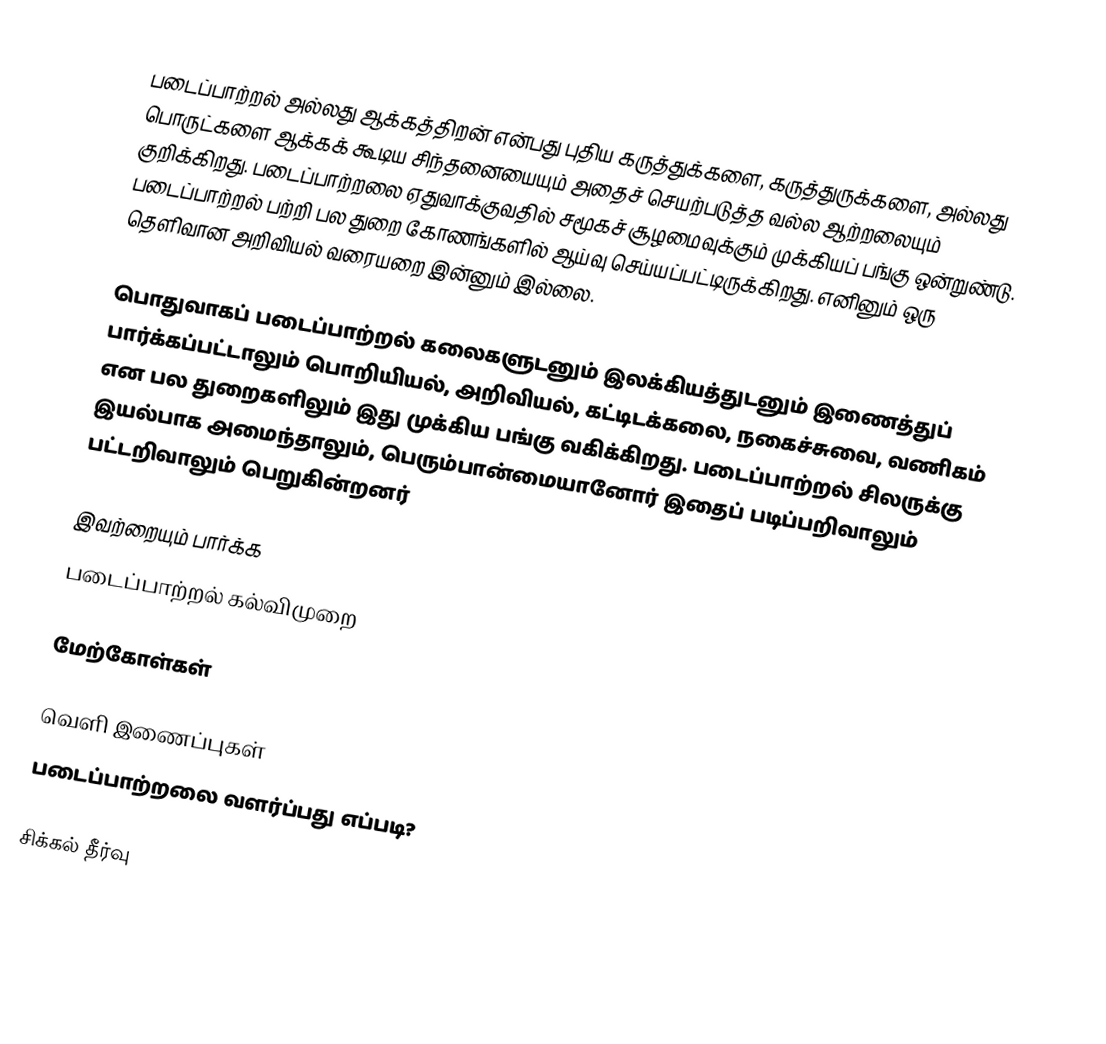
படைப்பாற்றல் அல்லது ஆக்கத்திறன் என்பது புதிய கருத்துக்களை, கருத்துருக்களை, அல்லது பொருட்களை ஆக்கக் கூடிய சிந்தனையையும் அதைச் செயற்படுத்த வல்ல ஆற்றலையும் குறிக்கிறது. படைப்பாற்றலை ஏதுவாக்குவதில் சமூகச் சூழமைவுக்கும் முக்கியப் பங்கு ஒன்றுண்டு. படைப்பாற்றல் பற்றி பல துறை கோணங்களில் ஆய்வு செய்யப்பட்டிருக்கிறது. எனினும் ஒரு தெளிவான அறிவியல் வரையறை இன்னும் இல்லை.

பொதுவாகப் படைப்பாற்றல் கலைகளுடனும் இலக்கியத்துடனும் இணைத்துப் பார்க்கப்பட்டாலும் பொறியியல், அறிவியல், கட்டிடக்கலை, நகைச்சுவை, வணிகம் என பல துறைகளிலும் இது முக்கிய பங்கு வகிக்கிறது. படைப்பாற்றல் சிலருக்கு இயல்பாக அமைந்தாலும், பெரும்பான்மையானோர் இதைப் படிப்பறிவாலும் பட்டறிவாலும் பெறுகின்றனர்

இவற்றையும் பார்க்க
 படைப்பாற்றல் கல்விமுறை

மேற்கோள்கள்

வெளி இணைப்புகள்
 படைப்பாற்றலை வளர்ப்பது எப்படி?

சிக்கல் தீர்வு